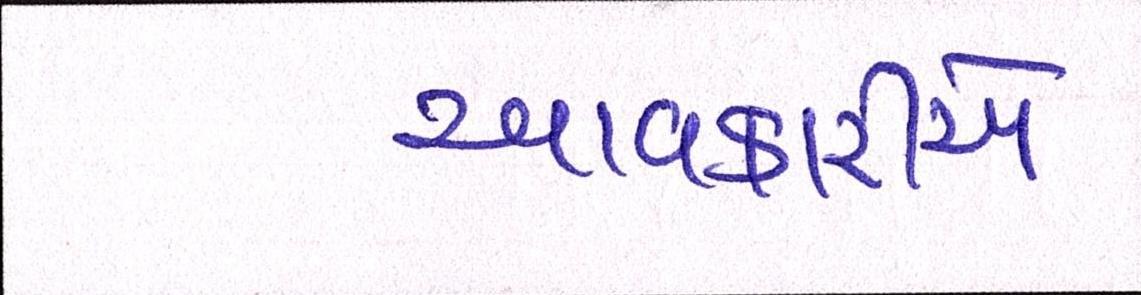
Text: આવકારીએ